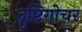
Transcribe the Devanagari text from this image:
दॄष्टिगोचर